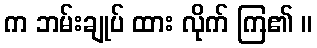
က ဘမ်းချုပ် ထား လိုက် ကြ၏ ။